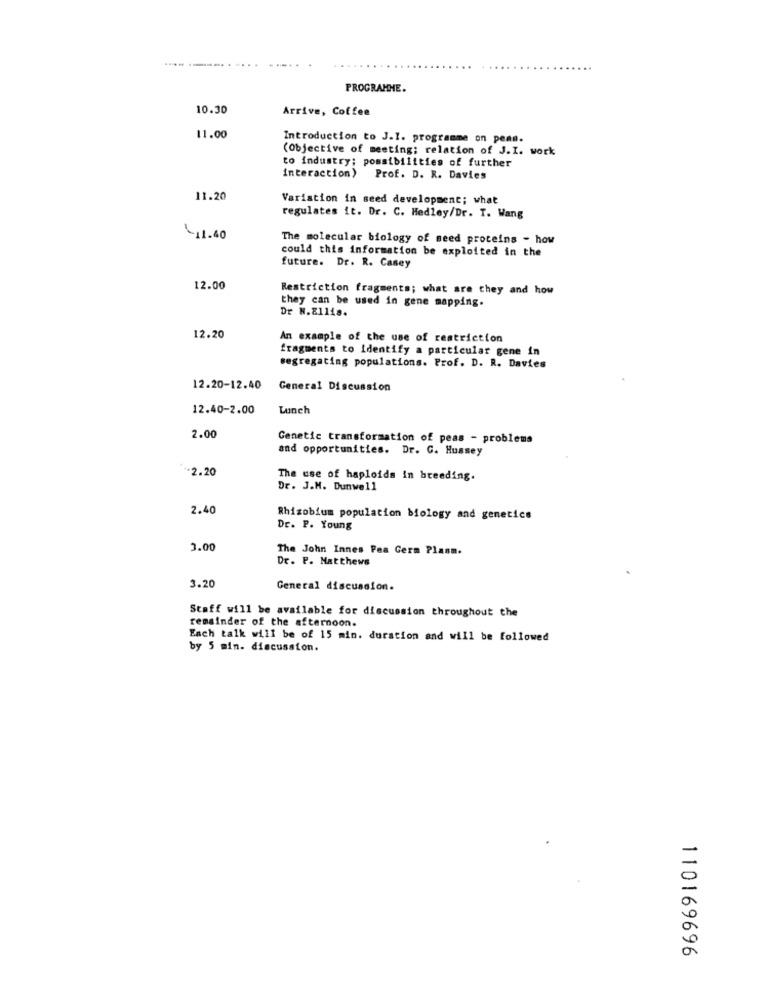
-----
PROGRAMME.
10.30
Arrive, Coffee
11.00
Introduction to J.I. programme on peas.
(Objective of meeting; relation of J.I. work
to industry; possibilities of further
interaction) Prof. D. R. Davies
11.20
Variation in seed development; what
regulates it. Dr. C. Hedley/Dr. T. Wang
1.40
The molecular biology of seed proteins - how
could this information be exploited in the
future. Dr. R. Casey
12.00
Restriction fragments; what are they and how
they can be used in gene mapping.
Dr N.Ellis.
12.20
An example of the use of restriction
fragments to identify a particular gene in
segregating populations. Prof. D. R. Davies
12.20-12.40 General Discussion
12.40-2.00
Lunch
2.00
Genetic transformation of peas - problems
and opportunities. Dr. G. Hussey
-2.20
The use of haploids in breeding.
Dr. J.M. Dunwell
2.40
Rhizobium population biology and genetics
Dr. P. Young
3.00
The John Innes Pea Germ Plasm.
Dr. P. Matthews
3.20
General discussion.
Staff will be available for discussion throughout the
remainder of the afternoon.
Each talk will be of 15 min. duration and will be followed
by 5 min. discussion.
110169696